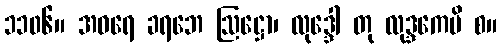
၁၁၀၆။ အဓရေ ခရဘေ ဩဋ္ဌော၊ လုဒ္ဒေါ တု လုဒ္ဒကေပိ စ။